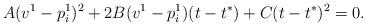
LaTeX: \begin{align*}A(v^1-p_i^1)^2+2B(v^1-p_i^1)(t-t^{*})+C(t-t^{*})^2=0.\end{align*}